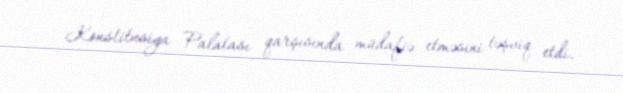
Konstitusiya Palatası qarşısında müdafiə etməsini təşviq etdi.